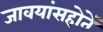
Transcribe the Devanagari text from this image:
जावयांसहोतें